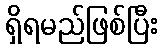
ရှိရမည်ဖြစ်ပြီး